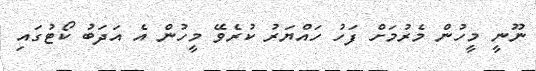
ނޫނީ މީހުން މެރުމަށް ފަހު ހައްޔަރު ކުރެވޭ މީހުން އެ އަދަބު ކޯޓުގައި